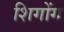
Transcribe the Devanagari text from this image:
शिगोंग